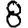
Digit: 8